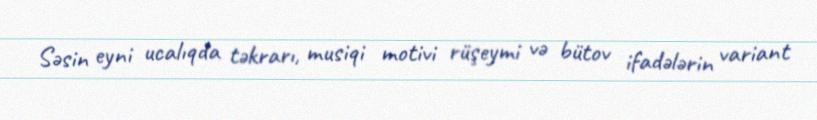
Səsin eyni ucalıqda təkrarı, musiqi motivi rüşeymi və bütov ifadələrin variant